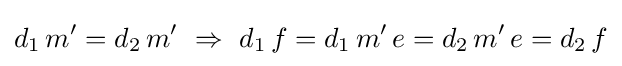
d_{1}\,m'=d_{2}\,m'\ \Rightarrow \ d_{1}\,f=d_{1}\,m'\,e=d_{2}\,m'\,e=d_{2}\,f